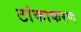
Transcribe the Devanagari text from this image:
टांकाकरण